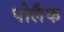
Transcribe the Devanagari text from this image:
पोलैक